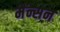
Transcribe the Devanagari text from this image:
मैंन्सन